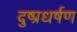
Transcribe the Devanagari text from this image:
दुष्प्रधर्षण